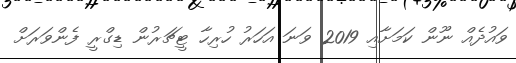
ވައުދެއް ނޫން ކަމަށާއި 2019 ވަނަ އަހަރު ހުރިހާ ޓީޗަރުން ޑިގްރީ ފެންވަރަށް